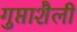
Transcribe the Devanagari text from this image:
गुप्ताशैली